Madras plague regulations and rules - Volume 1
Disease focus: Plague
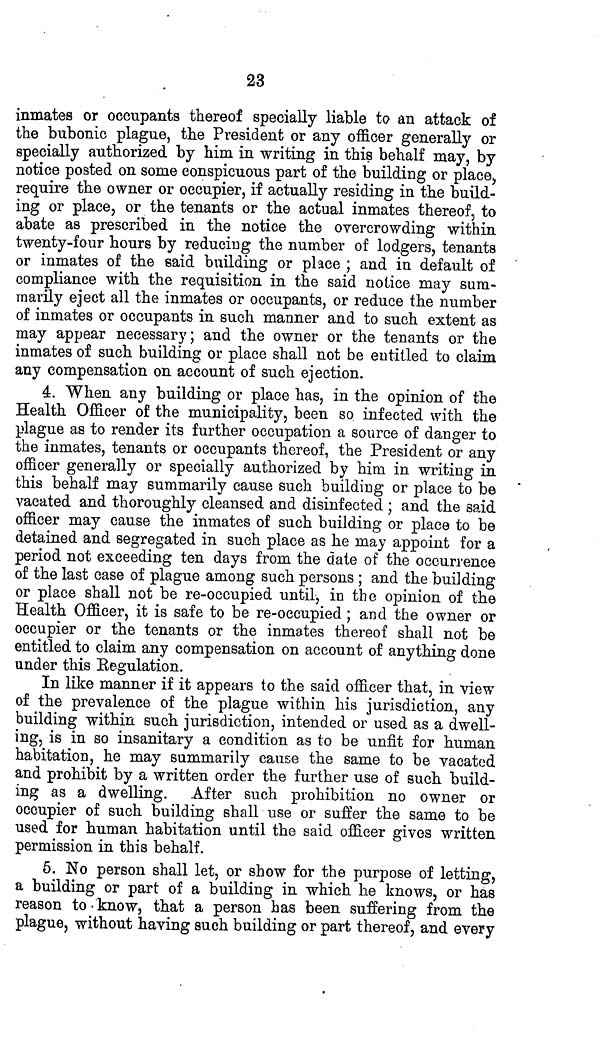
23
inmates or occupants thereof specially liable to an attack of
the bubonic plague, the President or any officer generally or
specially authorized by him in writing in this behalf may, by
notice posted on some conspicuous part of the building or place,
require the owner or occupier, if actually residing in the build-
ing or place, or the tenants or the actual inmates thereof, to
abate as prescribed in the notice the overcrowding within
twenty-four hours by reducing the number of lodgers, tenants
or inmates of the said building or place ; and in default of
compliance with the requisition in the said notice may sum-
marily eject all the inmates or occupants, or reduce the number
of inmates or occupants in such manner and to such extent as
may appear necessary; and the owner or the tenants or the
inmates of such building or place shall not be entitled to claim
any compensation on account of such ejection.
4. When any building or place has, in the opinion of the
Health Officer of the municipality, been so infected with the
plague as to render its further occupation a source of danger to
the inmates, tenants or occupants thereof, the President or any
officer generally or specially authorized by him in writing in
this behalf may summarily cause such building or place to be
vacated and thoroughly cleansed and disinfected ; and the said
officer may cause the inmates of such building or place to be
detained and segregated in such place as he may appoint for a
period not exceeding ten days from the date of the occurrence
of the last case of plague among such persons ; and the building
or place shall not be re-occupied until, in the opinion of the
Health Officer, it is safe to be re-occupied; and the owner or
occupier or the tenants or the inmates thereof shall not be
entitled to claim any compensation on account of anything done
under this Regulation.
In like manner if it appears to the said officer that, in view
of the prevalence of the plague within his jurisdiction, any
building within such jurisdiction, intended or used as a dwell-
ing, is in so insanitary a condition as to be unfit for human
habitation, he may summarily cause the same to be vacated
and prohibit by a written order the further use of such build-
ing as a dwelling. After such prohibition no owner or
occupier of such building shall use or suffer the same to be
used for human habitation until the said officer gives written
permission in this behalf.
5. No person shall let, or show for the purpose of letting,
a building or part of a building in which he knows, or has
reason to • know, that a person has been suffering from the
plague, without having such building or part thereof, and every